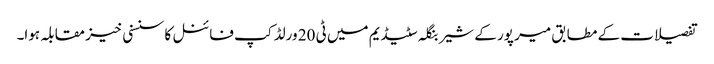
تفصیلات کے مطابق میر پور کے شیر بنگلہ سٹیڈیم میں ٹی 20 ورلڈ کپ فائنل کا سنسنی خیز مقابلہ ہوا۔